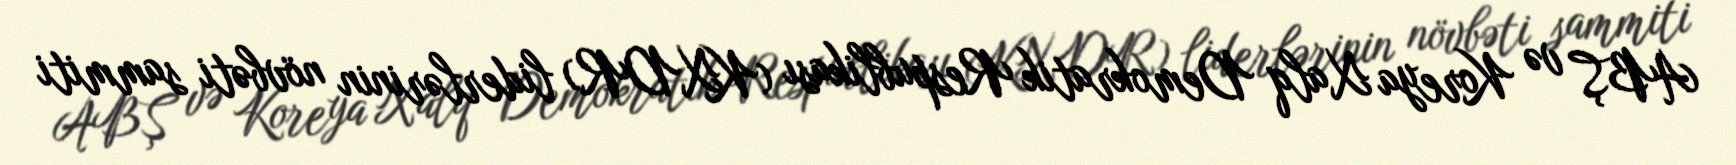
ABŞ və Koreya Xalq Demokratik Respublikası (KXDR) liderlərinin növbəti sammiti